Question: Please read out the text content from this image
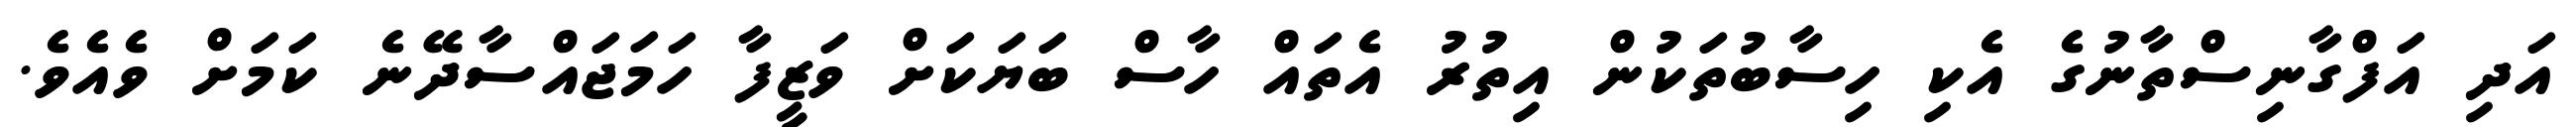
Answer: އަދި އަފްގާނިސްތާނުގެ އެކި ހިސާބުތަކުން އިތުރު އެތައް ހާސް ބަޔަކަށް ވަޒީފާ ހަމަޖައްސާދޭނެ ކަމަށް ވެއެވެ.